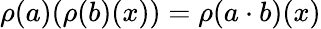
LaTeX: \rho(a)(\rho(b)(x))=\rho(a\cdot b)(x)